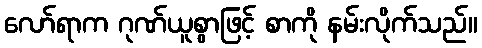
လော်ရာက ဂုဏ်ယူစွာဖြင့် စာကို နမ်းလိုက်သည်။